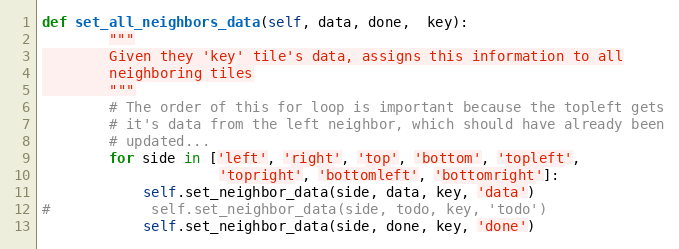
Language: Python
def set_all_neighbors_data(self, data, done,  key):
        """
        Given they 'key' tile's data, assigns this information to all
        neighboring tiles
        """
        # The order of this for loop is important because the topleft gets
        # it's data from the left neighbor, which should have already been
        # updated...
        for side in ['left', 'right', 'top', 'bottom', 'topleft',
                     'topright', 'bottomleft', 'bottomright']:
            self.set_neighbor_data(side, data, key, 'data')
#            self.set_neighbor_data(side, todo, key, 'todo')
            self.set_neighbor_data(side, done, key, 'done')